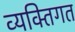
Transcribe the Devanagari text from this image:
व्यक्‍तिगत